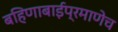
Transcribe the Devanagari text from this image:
बहिणाबाईप्रमाणेच